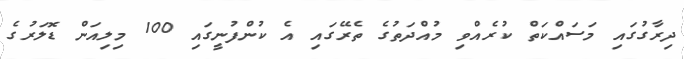
ދިރާގުގައި މަސައްކަތް ކުރެއްވި މުއްދަތުގެ ތެރޭގައި އެ ކުންފުނީގައި 100 މިލިއަން ޑޮލަރުގެ